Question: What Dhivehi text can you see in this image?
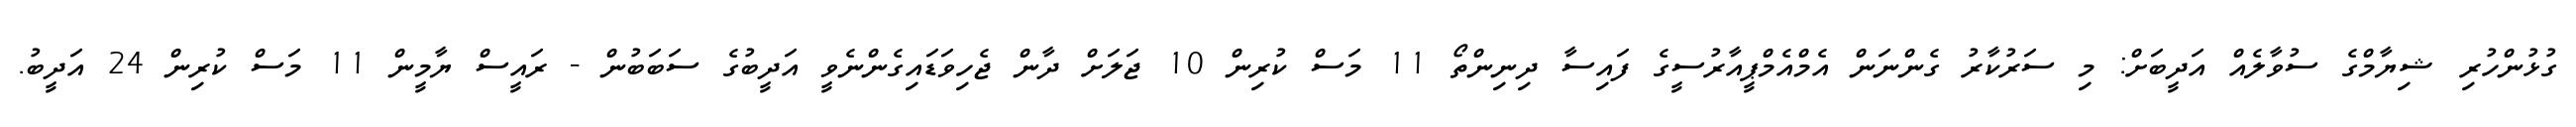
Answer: ގުޅުންހުރި ޝިޔާމްގެ ސުވާލެއް އަދީބަށް: މި ސަރުކާރު ގެންނަން އެމްއެމްޕީއާރުސީގެ ފައިސާ ދިނިންތޯ 11 މަސް ކުރިން 10 ޖަލަށް ދާން ޖެހިވަޑައިގެންނެވީ އަދީބުގެ ސަބަބުން - ރައީސް ޔާމީން 11 މަސް ކުރިން 24 އަދީބު.